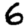
Digit: 6